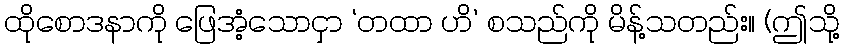
ထိုစောဒနာကို ဖြေအံ့သောငှာ ‘တထာ ဟိ’ စသည်ကို မိန့်သတည်း။ (ဤသို့